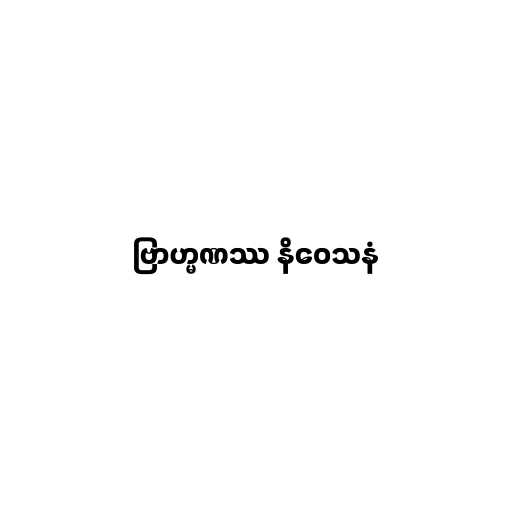
ဗြာဟ္မဏဿ နိဝေသနံ